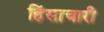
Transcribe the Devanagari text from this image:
हिंसाचारी